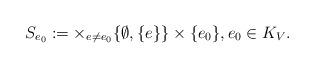
LaTeX: \begin{align*}S_{e_0} := \times_{e \neq e_0} \{ \emptyset, \{ e \} \} \times \{ e_0\}, e_0 \in K_V.\end{align*}